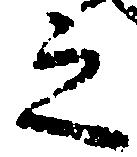
之